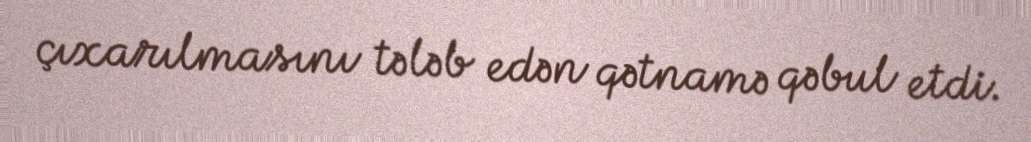
çıxarılmasını tələb edən qətnamə qəbul etdi.